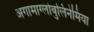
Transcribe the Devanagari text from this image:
अगामाग्लोबुलिनेमिया